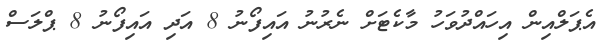
އެޕަލްއިން އިހައްދުވަހު މާކެޓަށް ނެރުނު އައިފޯނު 8 އަދި އައިފޯނު 8 ޕްލަސް